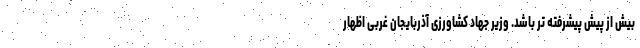
بیش از پیش پیشرفته تر باشد. وزیر جهاد کشاورزی آذربایجان غربی اظهار